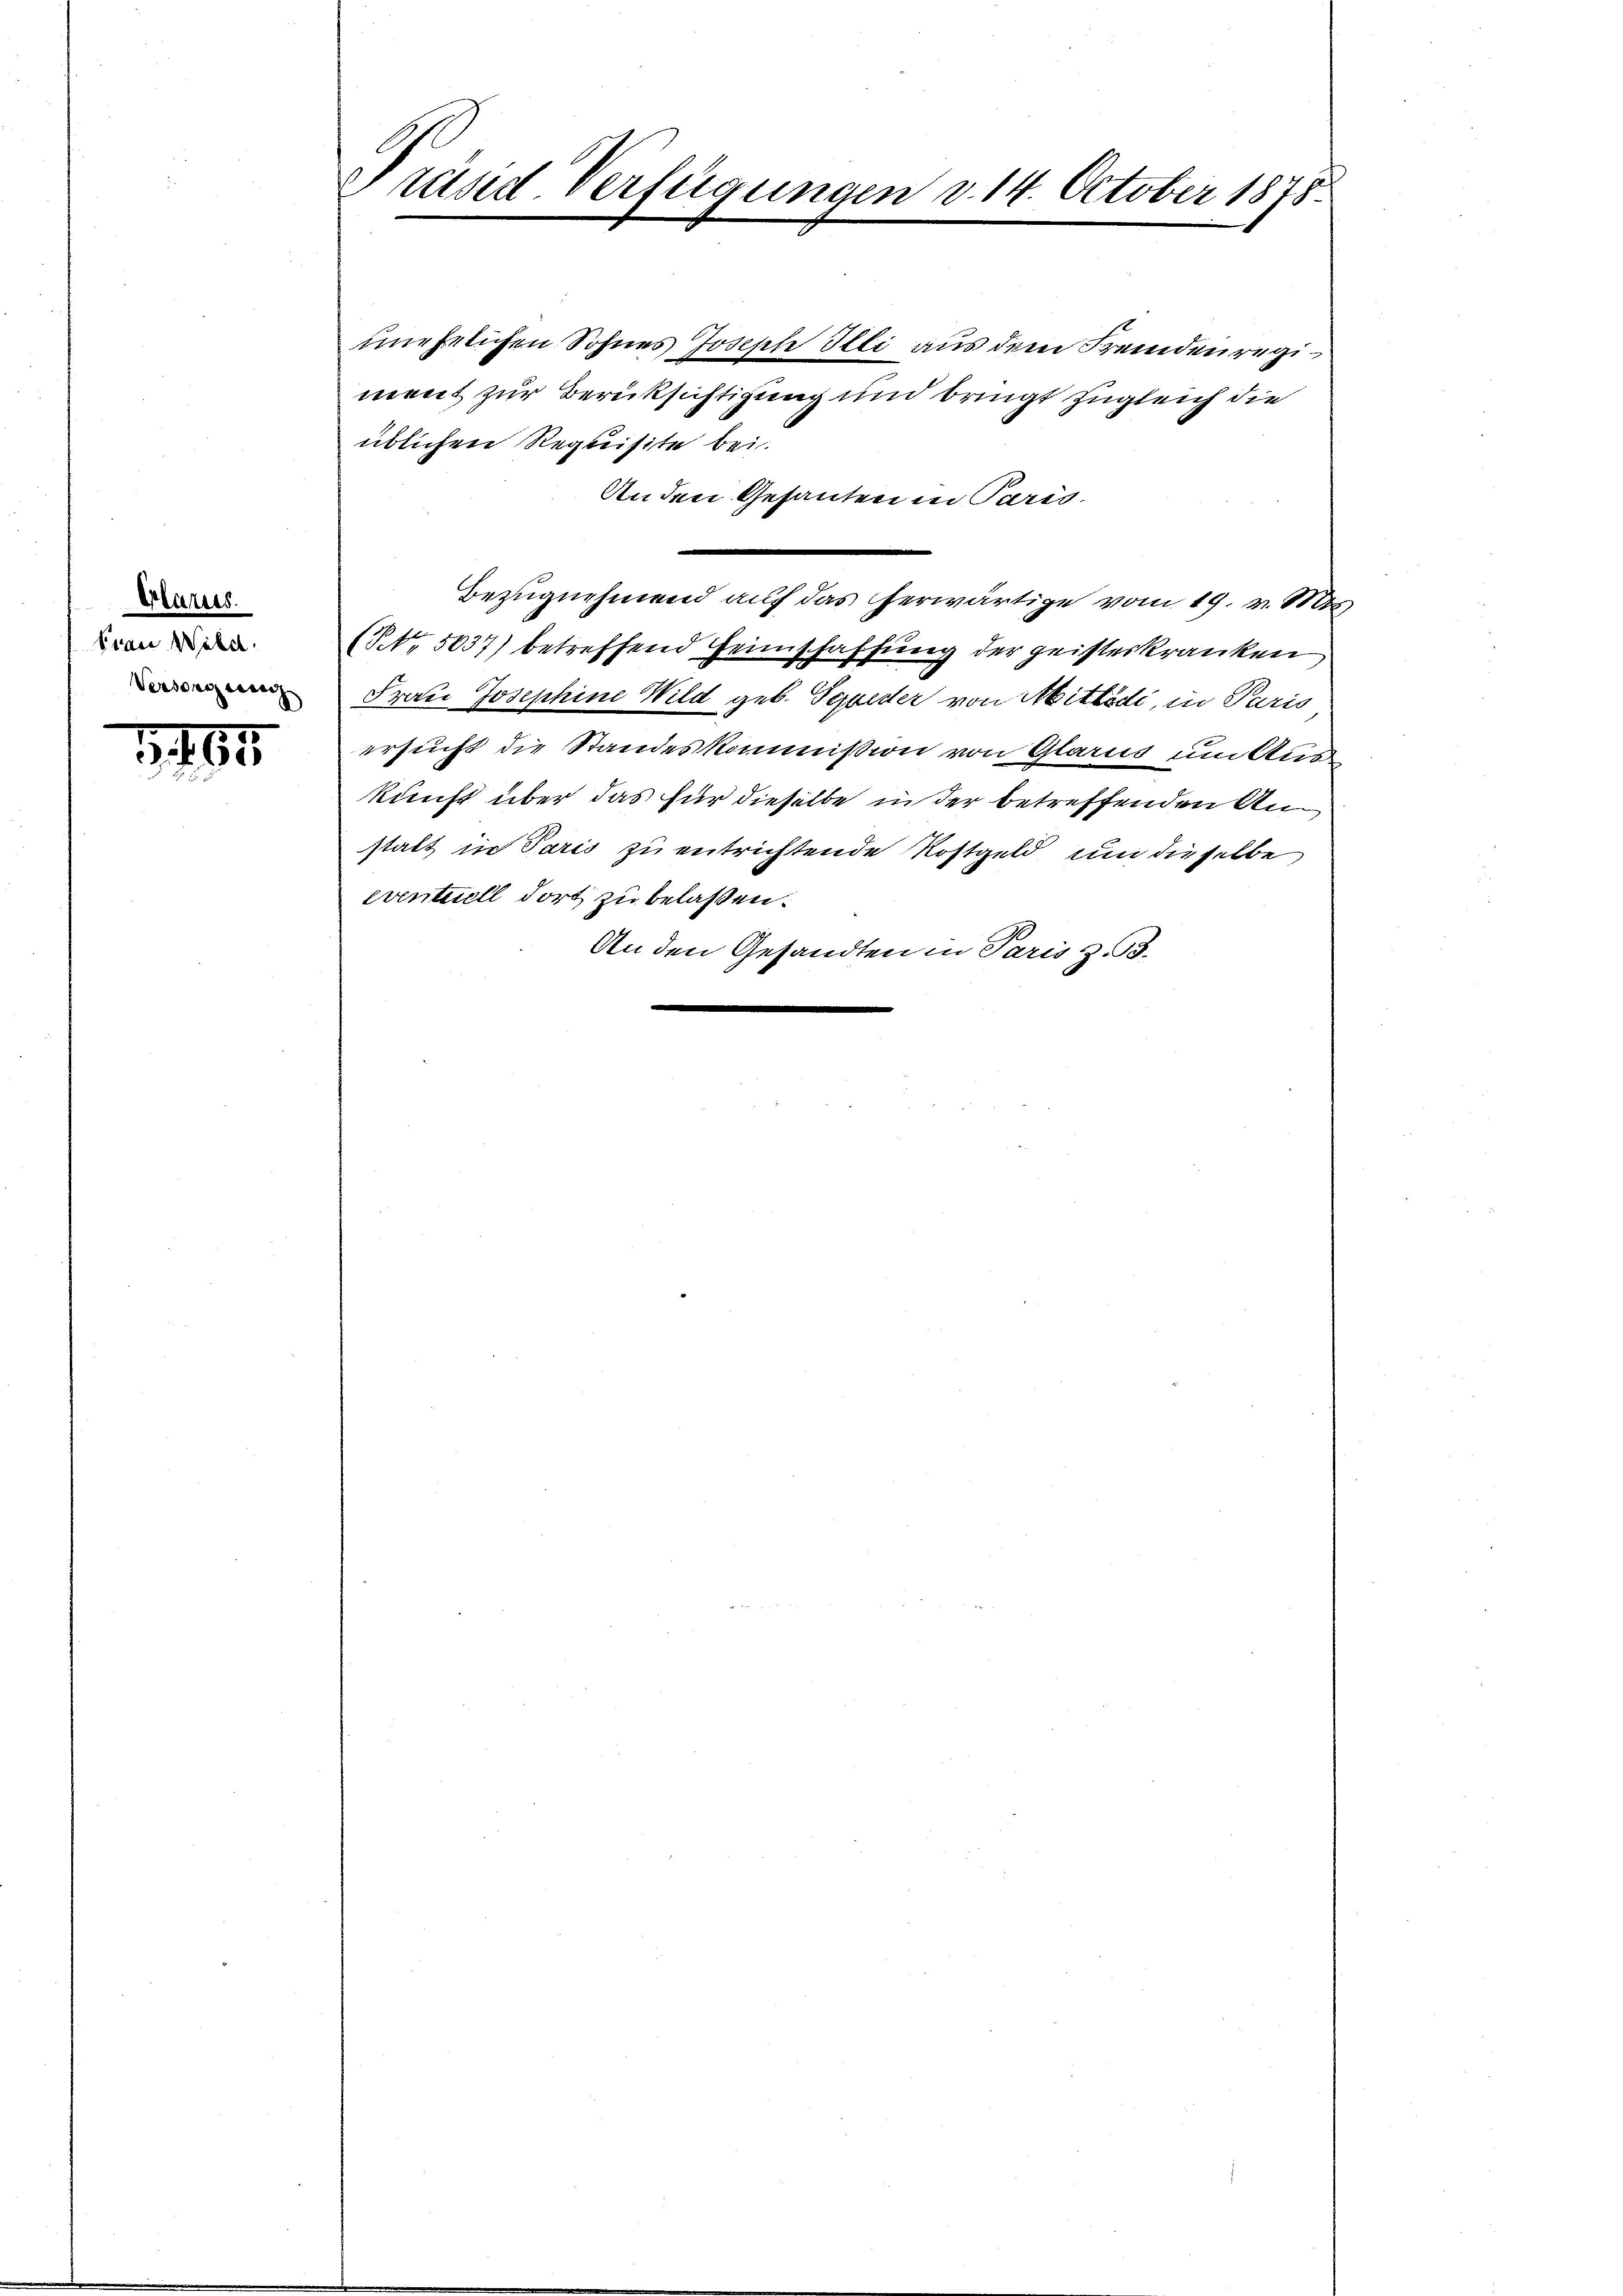
Glarus.
Erau Webel.
Versorgessen

. 161.

Präsid Verfügungen d. 14. October 1878

unehelichen Sohnes Joseph Illi aus dem Fremdenregiment zur Berücksichtigung und bringt zugleich die
üblichen Requisite bei.
Anden Gesanten in Paris.
Bezugnehmend auf das herwärtige vom 19. v. Mts.
(No. 5037) betreffend Heimschaffung der geisterkranken
Frau Josephine Wild geb. Scheder von Mittödi, in Paris
ersucht die Standeskommission von Glarus um Auskunft über das für dieselbe in der betreffenden Anstalt in Paris zu entrichtende Rostgeld um dieselbe
eventuell dort zu belassen.
An den Gesandten in Paris z. B.